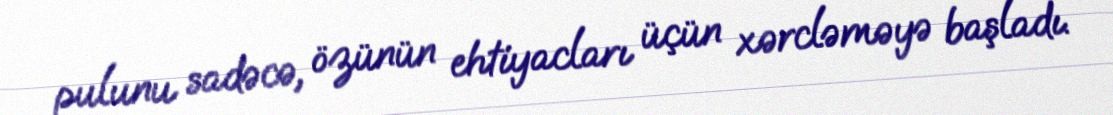
pulunu sadəcə, özünün ehtiyacları üçün xərcləməyə başladı.